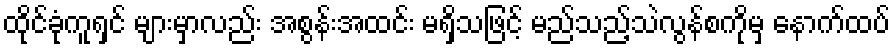
ထိုင်ခုံကူရှင် များမှာလည်း အစွန်းအထင်း မရှိသဖြင့် မည်သည့်သဲလွန်စကိုမှ နောက်ထပ်